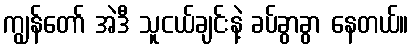
ကျွန်တော် အဲဒီ သူငယ်ချင်းနဲ့ ခပ်ခွာခွာ နေတယ်။